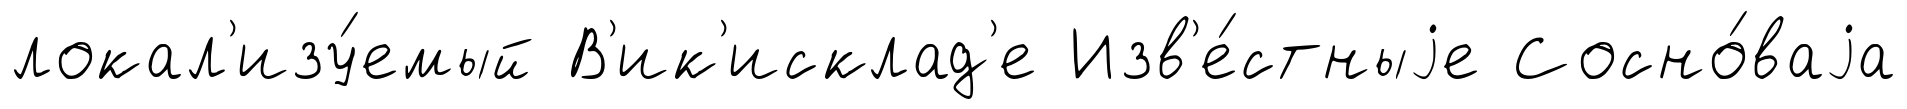
локал'изу́емый В'ик'исклад'е Изв'е́стныjе Сосно́ваjа